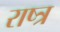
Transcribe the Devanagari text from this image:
राष्त्र